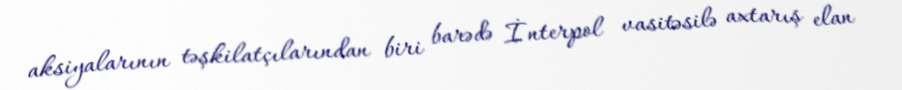
aksiyalarının təşkilatçılarından biri barədə İnterpol vasitəsilə axtarış elan